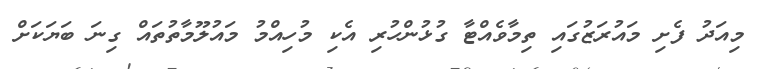
މިއަދު ފެށި މައުރަޒުގައި ތިމާވެއްޓާ ގުޅުންހުރި އެކި މުހިއްމު މައުލޫމާތުތައް ގިނަ ބަޔަކަށް